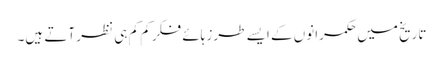
تاریخ میں حکمرانوں کے ایسے طرز ہائے فکر کم کم ہی نظر آتے ہیں۔